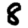
Digit: 8